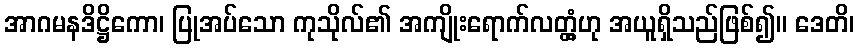
အာဂမနဒိဋ္ဌိကော၊ ပြုအပ်သော ကုသိုလ်၏ အကျိုးရောက်လတ္တံ့ဟု အယူရှိသည်ဖြစ်၍။ ဒေတိ၊